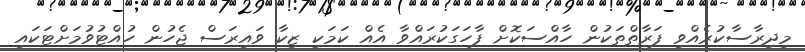
މިދިރާސާކުރެއްވި ފަރާތްތަކުން ހާއްސަކޮށް ފާހަގަކުރައްވާ އެއް ކަމަކީ ޒިކާ ވައިރަސް ޖެހުން ހުއްޓުވުމަށްޓަކައި